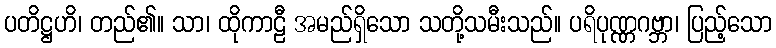
ပတိဋ္ဌဟိ၊ တည်၏။ သာ၊ ထိုကာဠီ အမည်ရှိသော သတို့သမီးသည်။ ပရိပုဏ္ဏဂဗ္ဘာ၊ ပြည့်သော